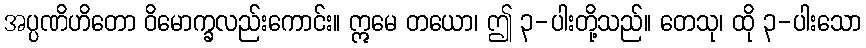
အပ္ပဏိဟိတော ဝိမောက္ခလည်းကောင်း။ ဣမေ တယော၊ ဤ ၃-ပါးတို့သည်။ တေသု၊ ထို ၃-ပါးသော